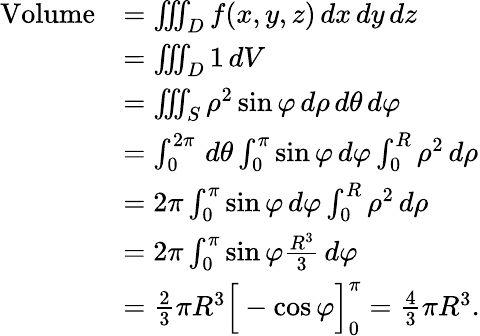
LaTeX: {\begin{array}{rl}{{\mathrm{Volume}}}&{=\iiint_{D}f(x,y,z)\, dx\, dy\, dz}\\ &{=\iiint_{D}1\, dV}\\ &{=\iiint_{S}\rho^{2}\sin\varphi\, d\rho\, d\theta\, d\varphi}\\ &{=\int_{0}^{2\pi}\, d\theta\int_{0}^{\pi}\sin\varphi\, d\varphi\int_{0}^{R}\rho^{2}\, d\rho}\\ &{=2\pi\int_{0}^{\pi}\sin\varphi\, d\varphi\int_{0}^{R}\rho^{2}\, d\rho}\\ &{=2\pi\int_{0}^{\pi}\sin\varphi{\frac{R^{3}}{3}}\, d\varphi}\\ &{={\frac{2}{3}}\pi R^{3}{\Big[}-\cos\varphi{\Big]}_{0}^{\pi}={\frac{4}{3}}\pi R^{3}.}\end{array}}